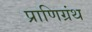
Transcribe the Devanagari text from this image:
प्राणिग्रंथ